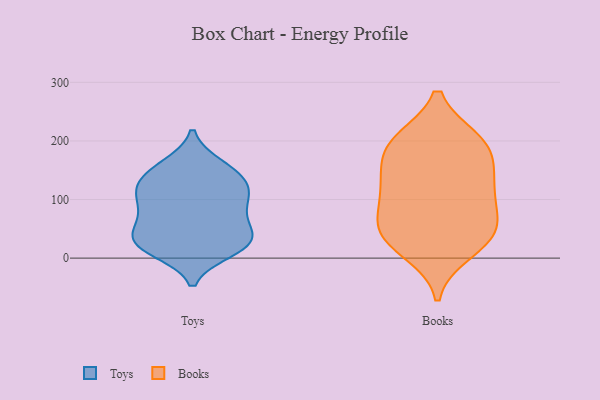
{"axis": {"x": "Demand Index", "y": "Value"}, "legend": ["Books", "Toys"], "data": [{"x": "", "y": 130, "type": "Toys"}, {"x": "", "y": 107, "type": "Toys"}, {"x": "", "y": 122, "type": "Toys"}, {"x": "", "y": 57, "type": "Toys"}, {"x": "", "y": 26, "type": "Toys"}, {"x": "", "y": 13, "type": "Toys"}, {"x": "", "y": 159, "type": "Toys"}, {"x": "", "y": 31, "type": "Toys"}, {"x": "", "y": 27, "type": "Toys"}, {"x": "", "y": 12, "type": "Toys"}, {"x": "", "y": 149, "type": "Toys"}, {"x": "", "y": 84, "type": "Toys"}, {"x": "", "y": 154, "type": "Toys"}, {"x": "", "y": 114, "type": "Toys"}, {"x": "", "y": 32, "type": "Toys"}, {"x": "", "y": 37, "type": "Toys"}, {"x": "", "y": 116, "type": "Toys"}, {"x": "", "y": 73, "type": "Toys"}, {"x": "", "y": 81, "type": "Toys"}, {"x": "", "y": 123, "type": "Books"}, {"x": "", "y": 130, "type": "Books"}, {"x": "", "y": 45, "type": "Books"}, {"x": "", "y": 35, "type": "Books"}, {"x": "", "y": 196, "type": "Books"}, {"x": "", "y": 200, "type": "Books"}, {"x": "", "y": 146, "type": "Books"}, {"x": "", "y": 39, "type": "Books"}, {"x": "", "y": 12, "type": "Books"}, {"x": "", "y": 54, "type": "Books"}, {"x": "", "y": 196, "type": "Books"}, {"x": "", "y": 105, "type": "Books"}, {"x": "", "y": 186, "type": "Books"}, {"x": "", "y": 81, "type": "Books"}]}